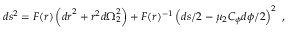
d s ^ { 2 } = F ( r ) \left( { d r } ^ { 2 } + r ^ { 2 } { d \Omega } _ { 2 } ^ { 2 } \right) + F ( r ) ^ { - 1 } \left( { d s } / 2 - \mu _ { 2 } C _ { \phi } { d \phi } / 2 \right) ^ { 2 } \ ,